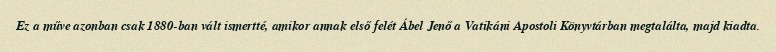
Ez a műve azonban csak 1880-ban vált ismertté, amikor annak első felét Ábel Jenő a Vatikáni Apostoli Könyvtárban megtalálta, majd kiadta.